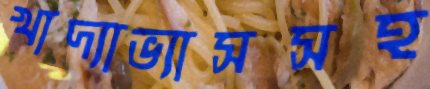
খাদ্যাভ্যাসসহ